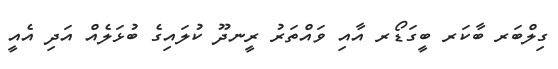
ގިލްބަރ ބާކަރ ބީގަޑޯރ އާއި ވައްތަރު ރީނދޫ ކުލައިގެ ބުޅަލެއް އަދި އެއީ